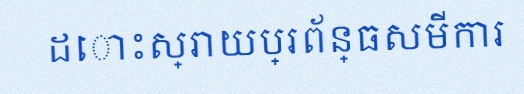
ដោះស្រាយប្រព័ន្ធសមីការ